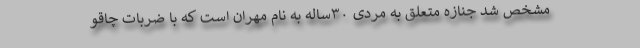
مشخص شد جنازه متعلق به مردی ۳۰‌ساله به نام مهران است که با ضربات چاقو